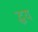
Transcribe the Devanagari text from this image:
द्धय